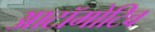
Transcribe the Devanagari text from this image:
आटॉमोटिव